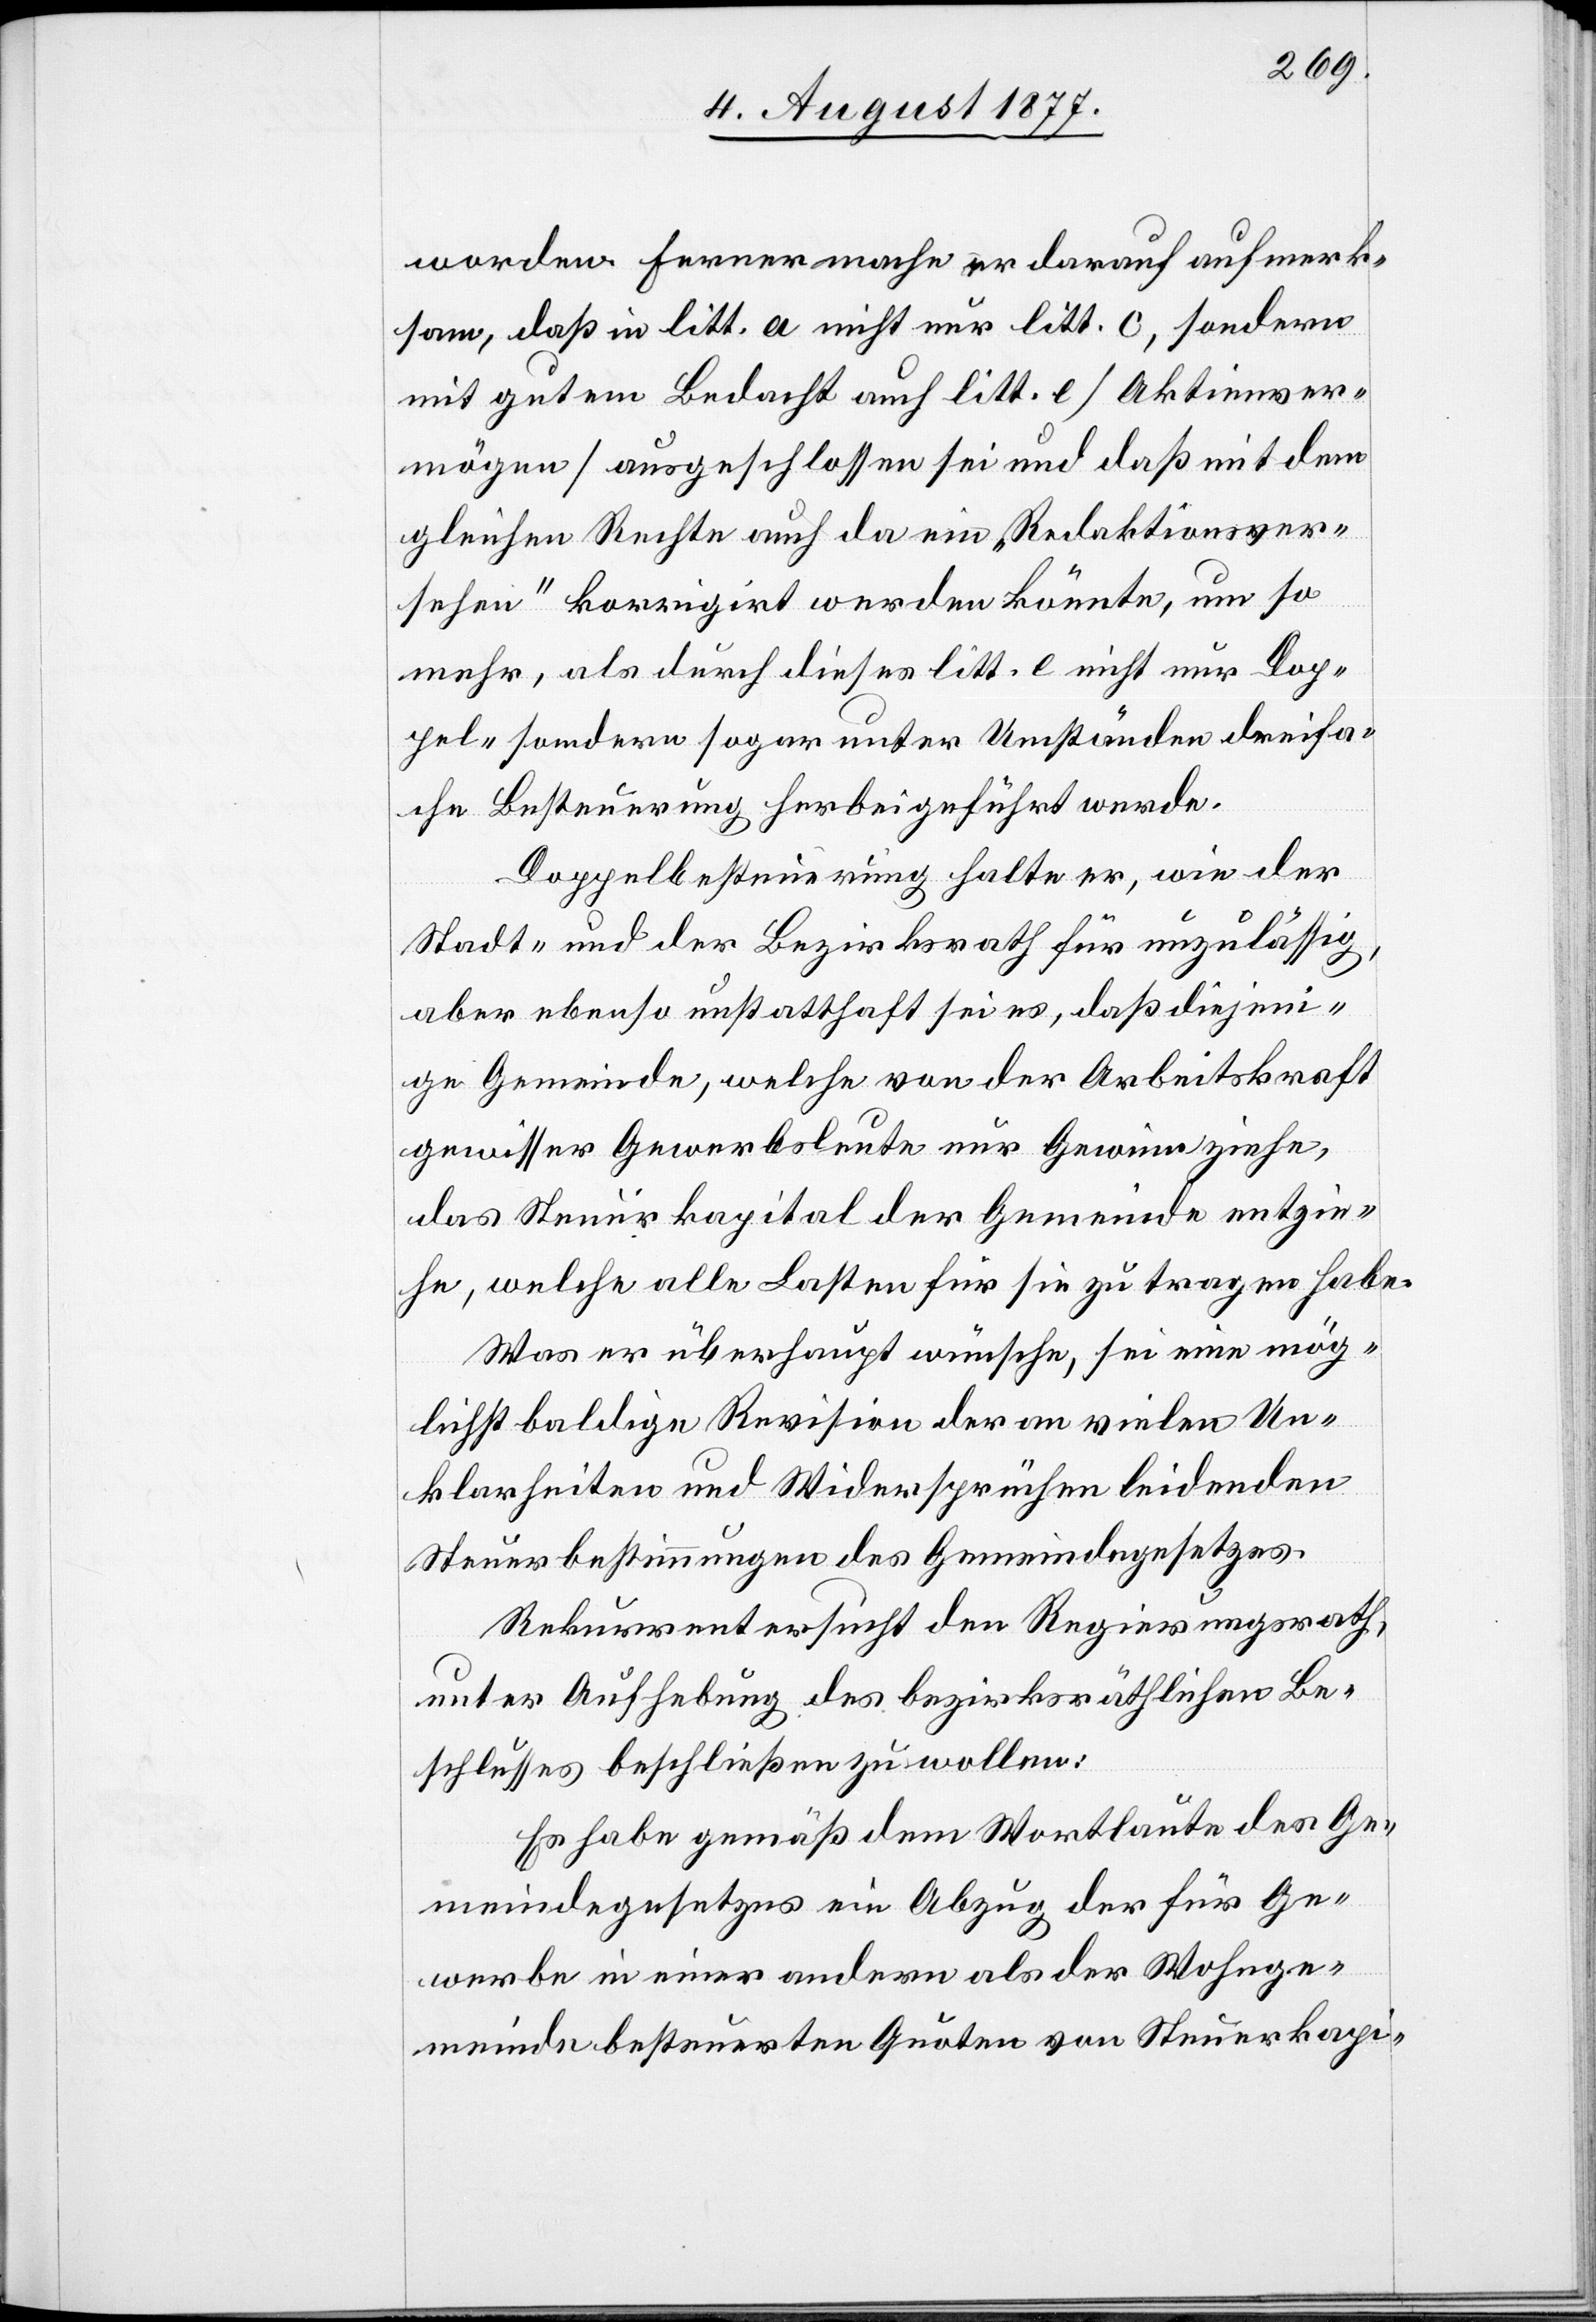
worden. Ferner mache er darauf aufmerk¬
sam, daß in litt. a nicht nur litt. c, sondern
mit gutem Bedacht auch litt. e [Aktienver¬
mögen] ausgeschlossen sei und daß mit dem
gleichen Rechte auch da ein „Redaktionsver¬
sehen“ korrigirt werden könnte, um so
mehr, als durch dieses litt. e nicht nur Dop¬
pel- sondern sogar unter Umständen dreifa¬
che Besteuerung herbeigeführt werde.
Doppelbesteuerung halte er, wie der
Stadt- und der Bezirksrath für unzulässig,
aber ebenso unstatthaft sei es, daß diejen¬
ige Gemeinde, welche von der Arbeitskraft
gewisser Gewerbsleute nur Gewinn ziehe,
das Steuerkapital der Gemeinde entzie¬
he, welche alle Lasten für sie zu tragen habe.
Was er überhaupt wünsche, sei eine mög¬
lichst baldige Revision der an vielen Un¬
klarheiten und Widersprüchen leidenden
Steuerbestimmungen des Gemeindegesetzes.
Rekurrent ersucht den Regierungsrath,
unter Aufhebung des bezirksräthlichen Be¬
schlusses beschließen zu wollen:
Es habe gemäß dem Wortlaute des Ge¬
meindegesetzes ein Abzug der für Ge¬
werbe in einer andern als der Wohnge¬
meinde besteuerten Quoten von Steuerkapi-